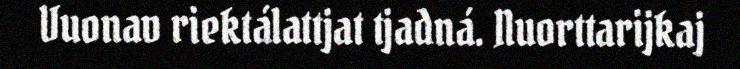
Vuonav riektálattjat tjadná. Nuorttarijkaj